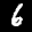
Label: 6